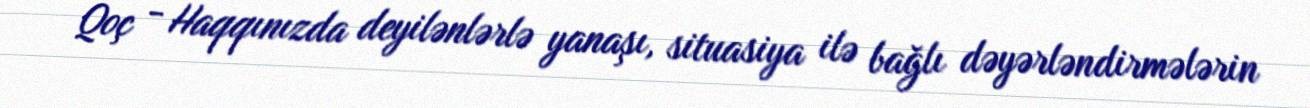
Qoç - Haqqınızda deyilənlərlə yanaşı, situasiya ilə bağlı dəyərləndirmələrin